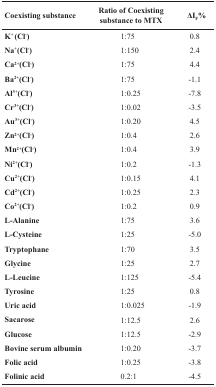
<table><thead><tr><td><b>Coexisting substance</b></td><td><b>Ratio of Coexisting substance to MTX</b></td><td><b>ΔI<sub>F</sub>%</b></td></tr></thead><tbody><tr><td><b>K</b><sup>+</sup><b> (Cl</b><sup>-</sup><b>)</b></td><td>1:75</td><td>0.8</td></tr><tr><td><b>Na</b><sup>+</sup><b>(Cl</b><sup>-</sup><b>)</b></td><td>1:150</td><td>2.4</td></tr><tr><td><b>Ca</b><sup>2+</sup><b>(Cl</b><sup>-</sup><b>)</b></td><td>1:75</td><td>4.4</td></tr><tr><td><b>Ba</b><sup>2+</sup><b>(Cl</b><sup>-</sup><b>)</b></td><td>1:75</td><td>-1.1</td></tr><tr><td><b>Al</b><sup>3+</sup><b>(Cl</b><sup>-</sup><b>)</b></td><td>1:0.25</td><td>-7.8</td></tr><tr><td><b>Cr</b><sup>3+</sup><b>(Cl</b><sup>-</sup><b>)</b></td><td>1:0.02</td><td>-3.5</td></tr><tr><td><b>Au</b><sup>3+</sup><b>(Cl</b><sup>-</sup><b>)</b></td><td>1:0.20</td><td>4.5</td></tr><tr><td><b>Zn</b><sup>2+</sup><b>(Cl</b><sup>-</sup><b>)</b></td><td>1:0.4</td><td>2.6</td></tr><tr><td><b>Mn</b><sup>2+</sup><b>(Cl</b><sup>-</sup><b>)</b></td><td>1:0.4</td><td>3.9</td></tr><tr><td><b>Ni</b><sup>2+</sup><b>(Cl</b><sup>-</sup><b>)</b></td><td>1:0.2</td><td>-1.3</td></tr><tr><td><b>Cu</b><sup>2+</sup><b>(Cl</b><sup>-</sup><b>)</b></td><td>1:0.15</td><td>4.1</td></tr><tr><td><b>Cd</b><sup>2+</sup><b>(Cl</b><sup>-</sup><b>)</b></td><td>1:0.25</td><td>2.3</td></tr><tr><td><b>Co</b><sup>2+</sup><b>(Cl</b><sup>-</sup><b>)</b></td><td>1:0.2</td><td>0.9</td></tr><tr><td><b>L-Alanine</b></td><td>1:75</td><td>3.6</td></tr><tr><td><b>L-Cysteine</b></td><td>1:25</td><td>-5.0</td></tr><tr><td><b>Tryptophane</b></td><td>1:70</td><td>3.5</td></tr><tr><td><b>Glycine</b></td><td>1:25</td><td>2.7</td></tr><tr><td><b>L-Leucine</b></td><td>1:125</td><td>-5.4</td></tr><tr><td><b>Tyrosine</b></td><td>1:25</td><td>0.8</td></tr><tr><td><b>Uric acid</b></td><td>1:0.025</td><td>-1.9</td></tr><tr><td><b>Sacarose</b></td><td>1:12.5</td><td>2.6</td></tr><tr><td><b>Glucose</b></td><td>1:12.5</td><td>-2.9</td></tr><tr><td><b>Bovine serum albumin</b></td><td>1:0.20</td><td>-3.7</td></tr><tr><td><b>Folic acid</b></td><td>1:0.25</td><td>-3.8</td></tr><tr><td><b>Folinic acid</b></td><td>0.2:1</td><td>-4.5</td></tr></tbody></table>